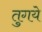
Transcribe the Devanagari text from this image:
तुगये